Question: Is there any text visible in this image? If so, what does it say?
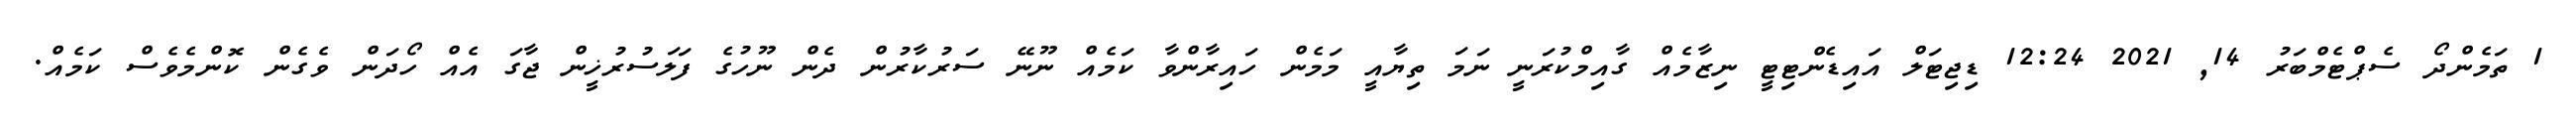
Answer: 1 ތަމެންދޯ ސެޕްޓެމްބަރު 14, 2021 12:24 ޑިޖިޓަލް އައިޑެންޓިޓީ ނިޒާމެއް ގާއިމްކުރަނީ ނަމަ ތިޔާއީ މަމެން ހައިރާންވާ ކަމެއް ނޫނޭ ސަރުކާރުން ދެން ނޫހުގެ ފަލަސުރުޚީން ޖާގަ އެއް ހޯދަން ވެގެން ކޮންމެވެސް ކަމެއް.